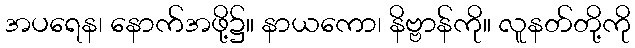
အပရေန၊ နောက်အဖို့၌။ နာယကော၊ နိဗ္ဗာန်ကို။ လူနတ်တို့ကို